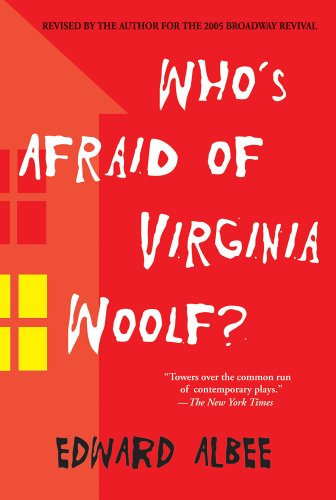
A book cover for Who's Afraid of Virginia Woolf?; Edward Albee; Literature & Fiction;